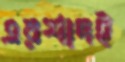
এরশাদই